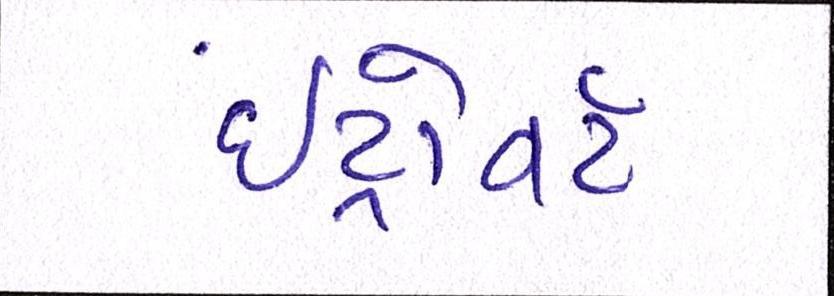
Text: ઇંટ્રોવર્ટ